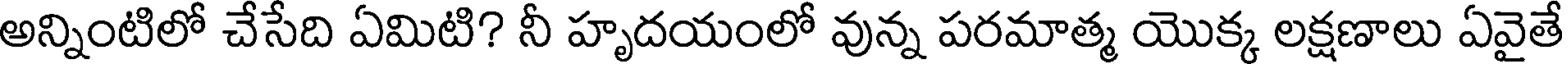
అన్నింటిలో చేసేది ఏమిటి? నీ హృదయంలో వున్న పరమాత్మ యొక్క లక్షణాలు ఏవైతే